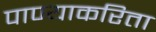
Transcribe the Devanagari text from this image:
पाण्याकरिता